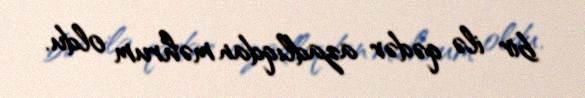
bir ilə qədər azadlıqdan məhrum oldu.